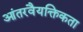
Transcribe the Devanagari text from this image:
आंतरवैयक्तिकता